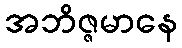
အဘိဇ္ဇမာနေ